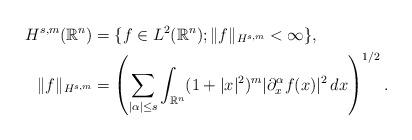
LaTeX: \begin{align*}H^{s,m}(\mathbb{R}^n)&= \{ f \in L^2(\mathbb{R}^n) ; \| f \|_{H^{s,m}} < \infty \}, \\\| f \|_{H^{s,m}}&= \left( \sum_{|\alpha| \le s }\int_{\mathbb{R}^n} (1+|x|^2)^m |\partial_x^{\alpha} f (x) |^2\,dx \right)^{1/2}.\end{align*}